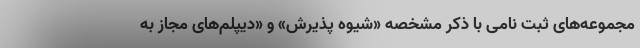
مجموعه‌های ثبت نامی با ذکر مشخصه «شیوه پذیرش» و «دیپلم‌های مجاز به